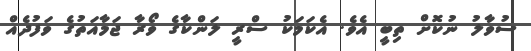
ސުވާލު ނުކޮށް ތިބީ އެވެ. އެކަމަކު ސްރީ ލަންކާގެ ވޯރާ ޖަމާއަތުގެ ވަފުދެއް